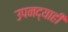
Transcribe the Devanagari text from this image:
उपनद्याही